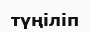
түңіліп